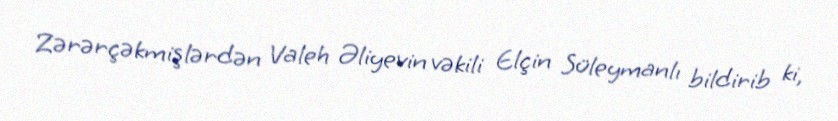
Zərərçəkmişlərdən Valeh Əliyevin vəkili Elçin Süleymanlı bildirib ki,